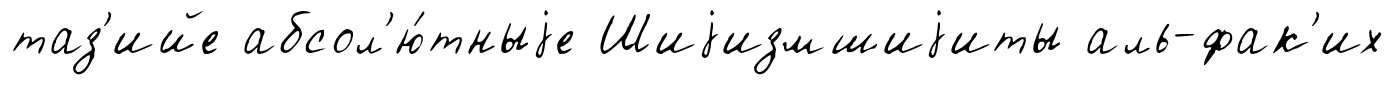
таз'ийе абсол'ю́тныjе Шиjизмшиjиты аль-фак'их